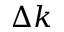
\Delta k